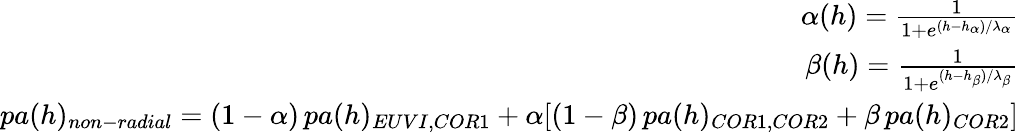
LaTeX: \begin{array}{r}{\alpha(h)=\frac{1}{1+e^{(h-h_{\alpha})/\lambda_{\alpha}}}}\\ {\beta(h)=\frac{1}{1+e^{(h-h_{\beta})/\lambda_{\beta}}}}\\ {pa(h)_{non-radial}=(1-\alpha)\, pa(h)_{EUVI,COR1}+\alpha[(1-\beta)\, pa(h)_{COR1,COR2}+\beta\, pa(h)_{COR2}]}\end{array}